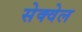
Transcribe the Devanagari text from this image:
सेक्वेल